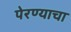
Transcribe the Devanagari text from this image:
पेरण्याचा